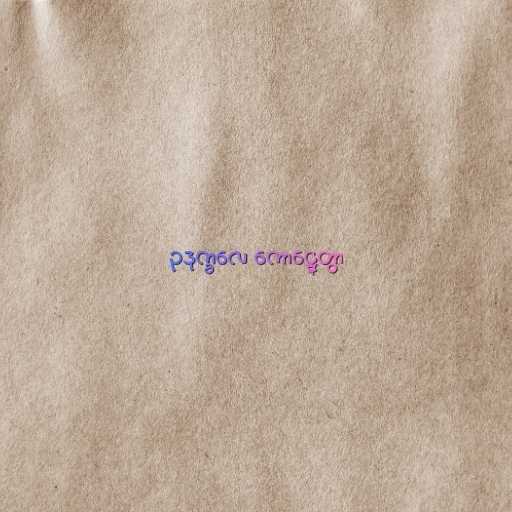
ဥဒုက္ခလေ ကောဋ္ဋေတွာ